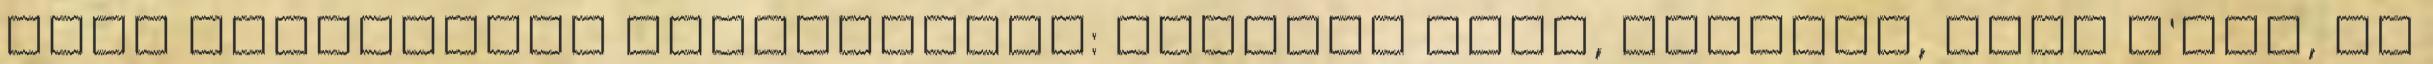
négy kampánnyal rendelkezik: Genghis Khan, Saladin, Jean D'Arc, és